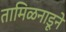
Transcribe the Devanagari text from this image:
तामिळनाडूने